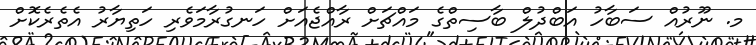
މ. ނޫރުއް ސަބާހު އަބްދުލް ބާސިތްގެ މައްޗަށް ރާއްޖެއަށް ހަނގުރާމަވެރި ހަތިޔާރު އެތެރެކޮށް